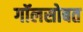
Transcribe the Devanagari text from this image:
गॉलसोबत